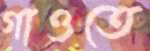
গাওতে